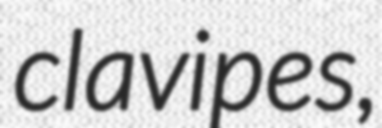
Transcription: clavipes,